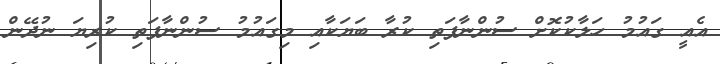
އެއީ ގައުމު ހަލާކުކޮށް ސުންނާފަތި ކުރާ ބަޔަކާއި މިގައުމު ސުންނާފަތި ކުރިޔަ ނުދޭން